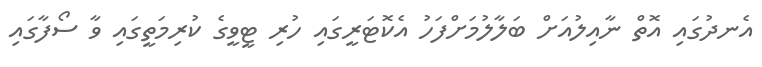
އެނދުގައި އޮތް ނާއިލުއަށް ބަލާލުމަށްފަހު އެކޮޓަރީގައި ހުރި ޓީވީގެ ކުރިމަތީގައި ވާ ސޯފާގައި